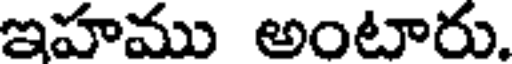
ఇహము అంటారు.